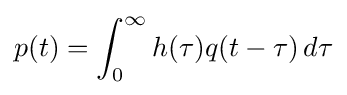
p(t)=\int _{0}^{\infty }h(\tau )q(t-\tau )\,d\tau